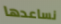
نساعدها